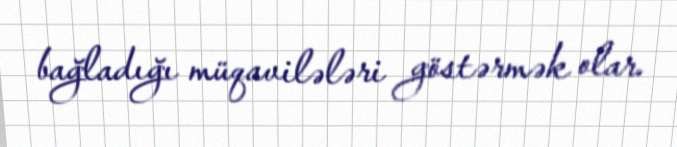
bağladığı müqavilələri göstərmək olar.